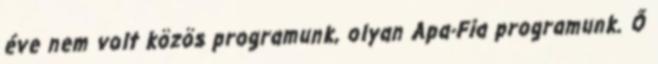
éve nem volt közös programunk, olyan Apa-Fia programunk. Ő